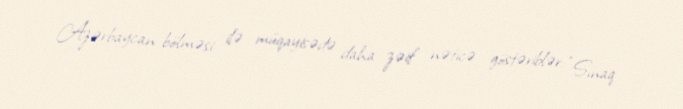
Azərbaycan bölməsi ilə müqayisədə daha zəif nəticə göstəriblər: “Sınaq